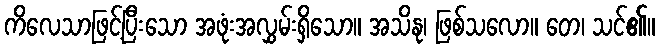
ကိလေသာဖြင့်ပြီးသော အဖုံးအလွှမ်းရှိသော။ အသိနု၊ ဖြစ်သလော။ တေ၊ သင်၏။